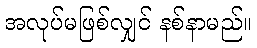
အလုပ်မဖြစ်လျှင် နစ်နာမည်။